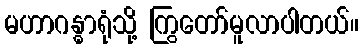
မဟာဂန္ဓာရုံသို့ ကြွတော်မူလာပါတယ်။